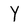
Character: y